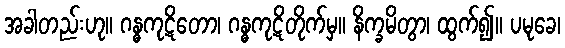
အခါတည်းဟု။ ဂန္ဓကုဋိတော၊ ဂန္ဓကုဋိတိုက်မှ။ နိက္ခမိတွာ၊ ထွက်၍။ ပမုခေ၊